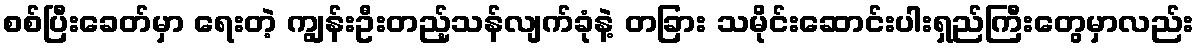
စစ်ပြီးခေတ်မှာ ရေးတဲ့ ကျွန်းဦးတည့်သန်လျက်ခုံနဲ့ တခြား သမိုင်းဆောင်းပါးရှည်ကြီးတွေမှာလည်း